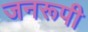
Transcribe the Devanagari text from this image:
जनरूपी